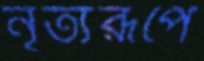
নৃত্যরূপে